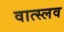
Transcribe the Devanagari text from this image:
वात्स्लव